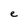
Character: e